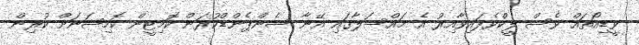
ވީޑިއޯތައް ވެސް ލީކްވެފައިވާއިރު އެ މައްސަލާގައި އޭނާ ސެންޕެންޑްކުރަން ކޮމިޓީން ކޮމިޝަނަށް ކުރިން